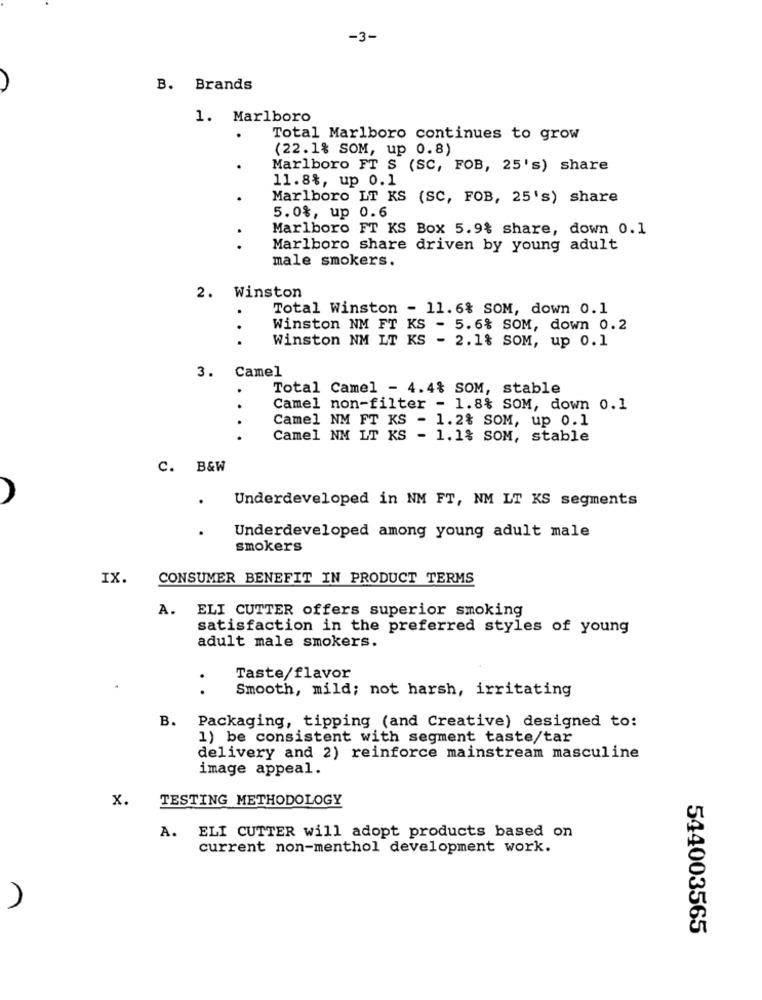
-3-
B. Brands
1. Marlboro
Total Marlboro continues to grow
(22.1% SOM, up 0.8)
Marlboro FT S (SC, FOB, 25's) share
11.8%, up 0.1
Marlboro LT KS (SC, FOB, 25's) share
5.0%, up 0.6
Marlboro FT KS Box 5.9% share, down 0.1
. .
Marlboro share driven by young adult
male smokers.
2. Winston
Total Winston - 11.6% SOM, down 0.1
Winston NM FT KS - 5.6% SOM, down 0.2
Winston NM LT KS - 2.1% SOM, up 0.1
Camel
3.
Total Camel - 4.4% SOM, stable
Camel non-filter - 1.8% SOM, down 0.1
Camel NM FT KS - 1.2% SOM, up 0.1
Camel NM LT KS - 1.1% SOM, stable
C. B&W
Underdeveloped in NM FT, NM LT KS segments
Underdeveloped among young adult male
smokers
IX.
CONSUMER BENEFIT IN PRODUCT TERMS
A. ELI CUTTER offers superior smoking
satisfaction in the preferred styles of young
adult male smokers.
Taste/flavor
.
Smooth, mild; not harsh, irritating
B. Packaging, tipping (and Creative) designed to:
1) be consistent with segment taste/tar
delivery and 2) reinforce mainstream masculine
image appeal.
TESTING METHODOLOGY
x.
A. ELI CUTTER will adopt products based on
current non-menthol development work.
544003565